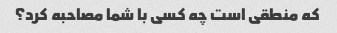
که منطقی است چه کسی با شما مصاحبه کرد؟